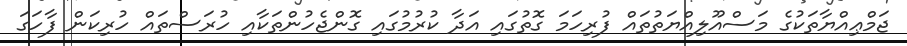
ޖަމްޢިއްޔާތަކުގެ މަސްއޫލިއްޔަތުތައް ފުރިހަމަ ގޮތުގައި އަދާ ކުރުމުގައި ގޮންޖެހުންތަކާއި ހުރަސްތައް ހުރިކަން ފާހަގަ